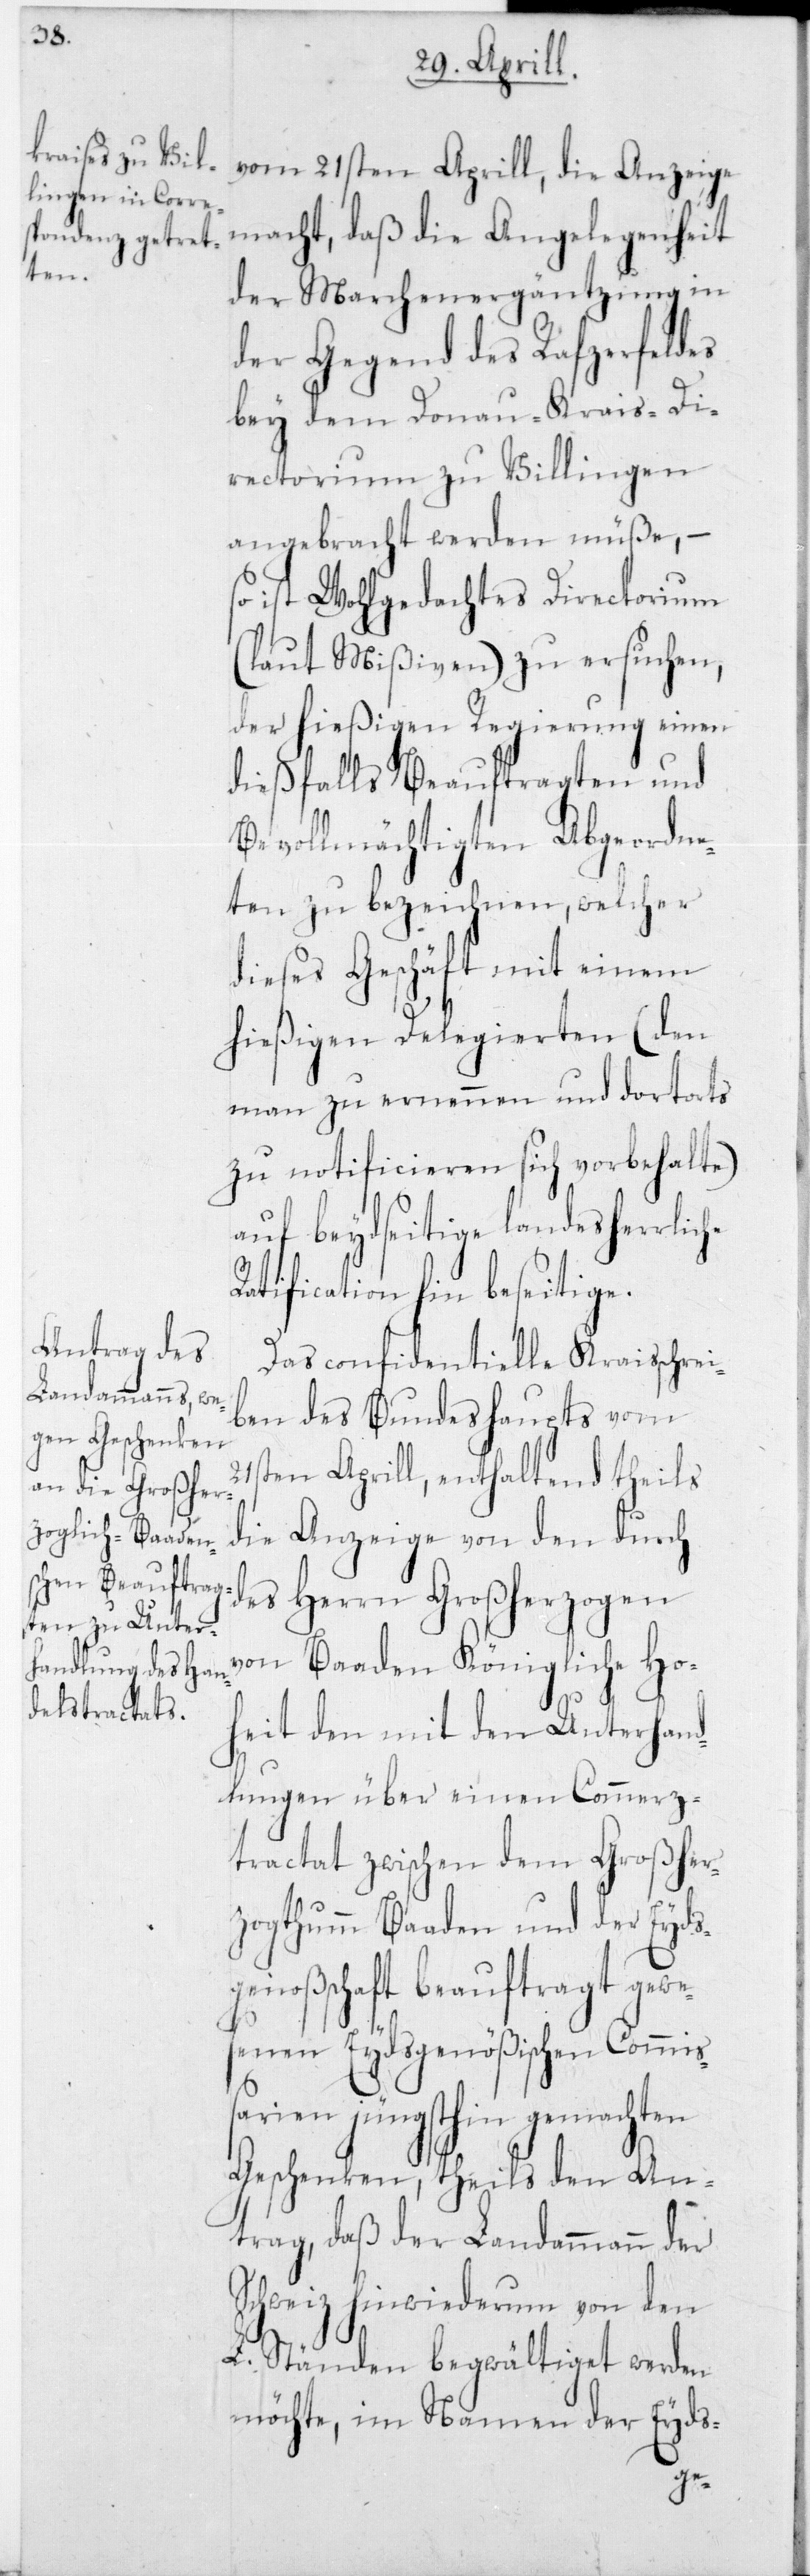
vom 21sten Aprill, die Anzeige
macht, daß die Angelegenheit
der Marchenergäntzung in
der Gegend des Rafzerfeldes
bey dem Donau-Kreis-Di¬
rectorium zu Villingen
angebracht werden müße, –
so ist Wohlgedachtes Directorium
(laut Mißiven) zu ersuchen,
der hießigen Regierung einen
dießfalls beauftragten und
bevollmächtigten Abgeordne¬
ten zu bezeichnen, welcher
dieses Geschäft mit einem
hießigen Delegierten (den
man zu ernennen und dortorts
zu notificieren sich vorbehalte)
auf beydseitige landesherrliche
Rathification hin beseitige.
Das confidentielle Kreisschrei¬
ben des Bundeshaupts vom
21sten Aprill, enthaltend theils
die Anzeige von den durch
des Herrn Großherzogen
von Baaden Königliche Ho¬
heit den mit den Unterhand¬
lungen über einen Commerz¬
tractat zwischen dem Großher¬
zogthum Baaden und der Eyds¬
noßenschaft beauftragt gew¬
esenen Eydsgenößischen Commiß¬
arien jüngsthin gemachten
Geschenken, theils den An¬
trag, daß der Landammann der
Schweiz hinwiederum von den
L. Ständen begwältiget werden
möchte, im Namen der Eyds-
ge¬